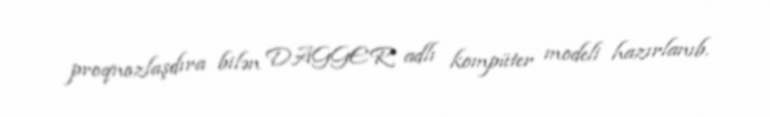
proqnozlaşdıra bilən DAGGER adlı kompüter modeli hazırlanıb.